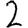
Digit: 2